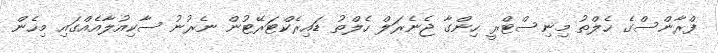
ފްރާންސްގެ ހެލްތު މިނިސްޓްރީ ހިންގާ ޖެނެރަލް ހެލްތު ޑައިރެކްޓަރޭޓުން ނެރުނު ސާކިއުލާއެއްގައި މިހެން